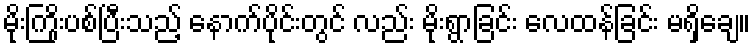
မိုးကြိုးပစ်ပြီးသည့် နောက်ပိုင်းတွင် လည်း မိုးရွာခြင်း လေထန်ခြင်း မရှိချေ။